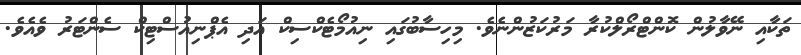
ތަކާއި ނޭވާލުން ކޮންޓްރޯލްކުރާ މަރުކަޒުންނެވެ. މިހިސާބުގައި ނިއުމޯޓެކްސިކް އަދި އެޕްނިއުސްޓިކް ސެންޓަރު ވެއެވެ.